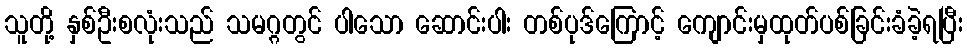
သူတို့ နှစ်ဦးစလုံးသည် သမဂ္ဂတွင် ပါသော ဆောင်းပါး တစ်ပုဒ်ကြောင့် ကျောင်းမှထုတ်ပစ်ခြင်းခံခဲ့ရပြီး